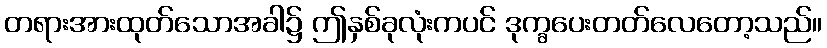
တရားအားထုတ်သောအခါ၌ ဤနှစ်ခုလုံးကပင် ဒုက္ခပေးတတ်လေတော့သည်။